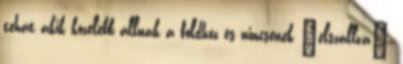
tehát akik közelebb állnak a földhöz és nincsenek "elszállva",